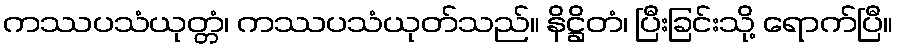
ကဿပသံယုတ္တံ၊ ကဿပသံယုတ်သည်။ နိဋ္ဌိတံ၊ ပြီးခြင်းသို့ ရောက်ပြီ။